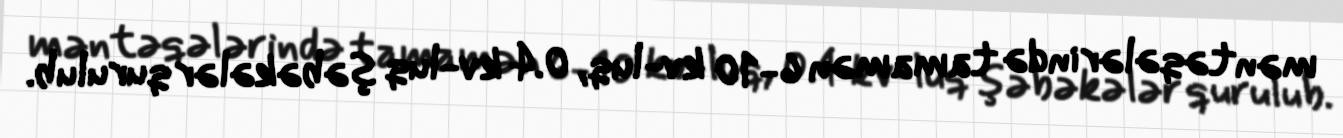
məntəqələrində tamamən 6-10 kv-luq, 0.4 kv-luq şəbəkələr qurulub.